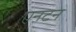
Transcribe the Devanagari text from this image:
एनटन